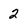
Character: 2